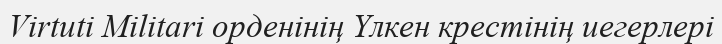
Virtuti Militari орденінің Үлкен крестінің иегерлері